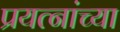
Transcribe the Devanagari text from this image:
प्रयत्नांच्या